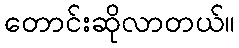
တောင်းဆိုလာတယ်။